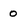
Character: O